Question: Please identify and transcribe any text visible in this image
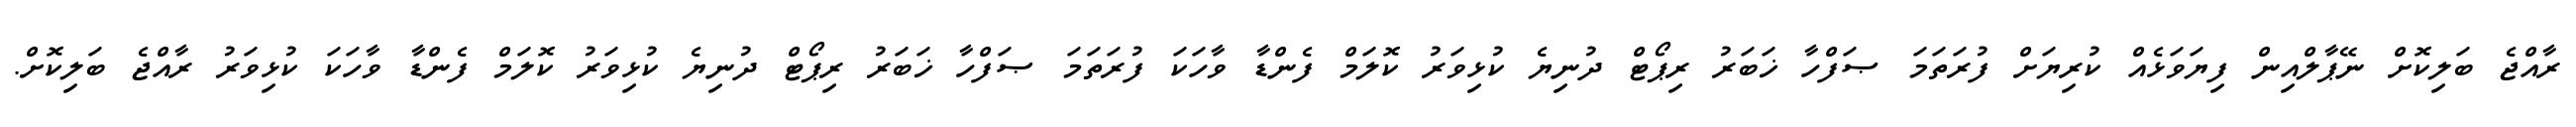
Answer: ރާއްޖެ ބަލިކޮށް ނޭޕާލްއިން ފިޔަވަޅެއް ކުރިޔަށް ފުރަތަމަ ޞަފްހާ ޚަބަރު ރިޕޯޓް ދުނިޔެ ކުޅިވަރު ކޮލަމް ފެންޑާ ވާހަކަ ފުރަތަމަ ޞަފްހާ ޚަބަރު ރިޕޯޓް ދުނިޔެ ކުޅިވަރު ކޮލަމް ފެންޑާ ވާހަކަ ކުޅިވަރު ރާއްޖެ ބަލިކޮށް.